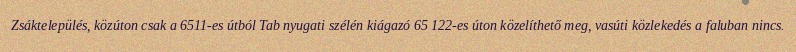
Zsáktelepülés, közúton csak a 6511-es útból Tab nyugati szélén kiágazó 65 122-es úton közelíthető meg, vasúti közlekedés a faluban nincs.